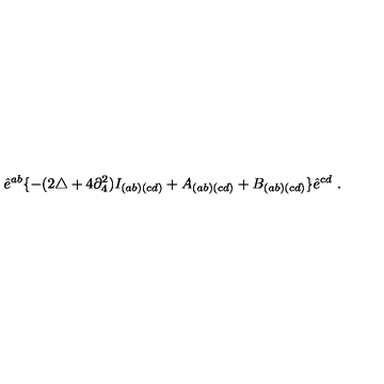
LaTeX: \hat { e } ^ { a b } \{ - ( 2 \triangle + 4 \partial _ { 4 } ^ { 2 } ) I _ { ( a b ) ( c d ) } + A _ { ( a b ) ( c d ) } + B _ { ( a b ) ( c d ) } \} \hat { e } ^ { c d } \ .